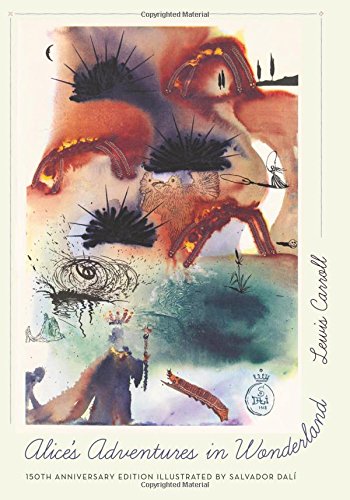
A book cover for Alice's Adventures in Wonderland; Lewis Carroll; Literature & Fiction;